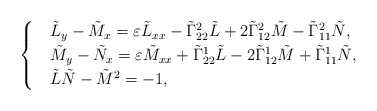
\begin{align*}\begin{cases}& \tilde{L}_y-\tilde{M}_x=\varepsilon\tilde{L}_{xx} -\tilde{\Gamma}^2_{22}\tilde{L}+2\tilde{\Gamma}^2_{12}\tilde{M}-\tilde{\Gamma}^2_{11}\tilde{N},\\& \tilde{M}_y-\tilde{N}_x=\varepsilon\tilde{M}_{xx} +\tilde{\Gamma}^1_{22}\tilde{L}-2\tilde{\Gamma}^1_{12}\tilde{M}+\tilde{\Gamma}^1_{11}\tilde{N},\\ &\tilde{L}\tilde{N}-\tilde{M}^2=-1,\end{cases}\end{align*}